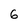
Character: 6